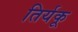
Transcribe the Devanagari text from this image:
तिर्यकू